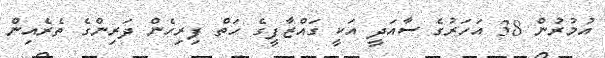
އުމުރުން 38 އަހަރުގެ ސާއަދީ އަކީ ގައްޒާފީގެ ހަތް ފިރިހެން ދަރިންގެ ތެރެއިން